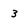
Character: 3